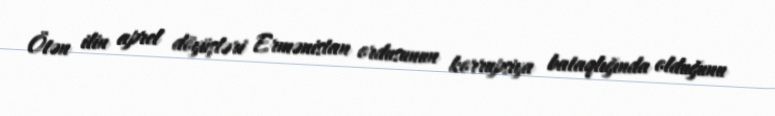
Ötən ilin aprel döyüşləri Ermənistan ordusunun korrupsiya bataqlığında olduğunu